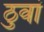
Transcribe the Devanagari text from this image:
ठुवां